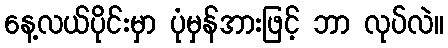
နေ့လယ်ပိုင်းမှာ ပုံမှန်အားဖြင့် ဘာ လုပ်လဲ။